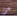
من